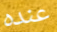
عنده